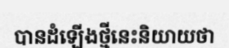
បានដំឡើងថ្មីនេះនិយាយថា